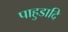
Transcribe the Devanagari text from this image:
पाहुडादि